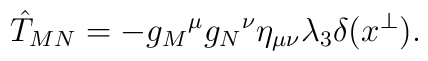
\hat{T}_{MN}=-g_M{}^\mu g_N{}^\nu\eta_{\mu\nu}\lambda_3\delta(x^\perp).